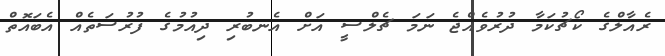
ރެއާލްގެ ކޯޗުކަމާ ދުރުވެއްޖެ ނަމަ ޗެލްސީ އަށް އެނބުރި ދިއުމުގެ ފުރުސަތެއް އެބައޮތް